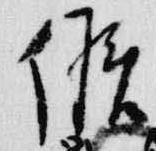
候